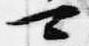
可